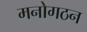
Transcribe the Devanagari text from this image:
मनोगठन